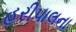
હરીપાલના